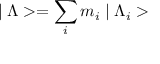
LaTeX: \mid \Lambda > = \sum _ { i } m _ { i } \mid \Lambda _ { i } >